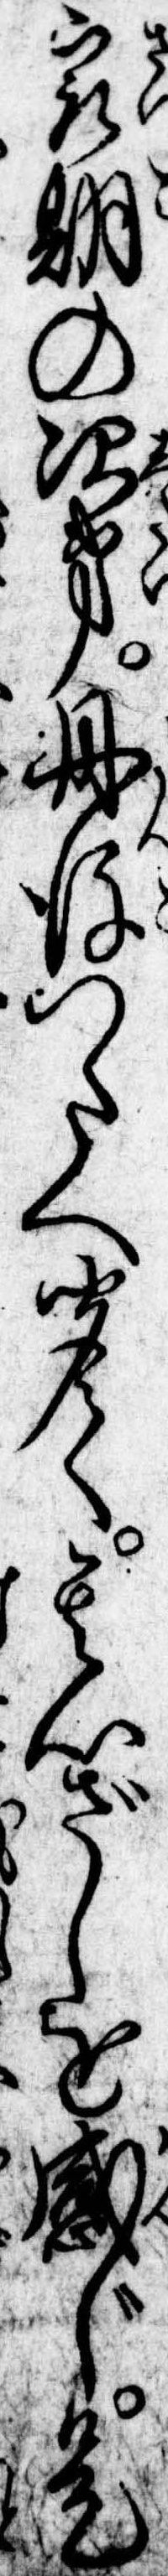
最期の次第丹後つたへ聞て其心ざしを感じ是